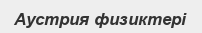
Аустрия физиктері